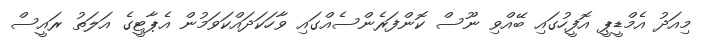
މިއަދު އެމްޑީޕީ އޮފީހުގައި ބޭއްވި ނޫސް ކޮންފަރެންސެއްގައި ވާހަކަދައްކަވަމުން އެޕާޓީގެ އަލަތު ރައީސް